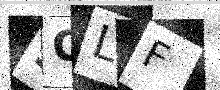
Text: 5OLF